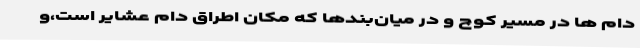
دام ها در مسیر کوچ و در میان‌بندها که مکان اطراق دام عشایر است،و